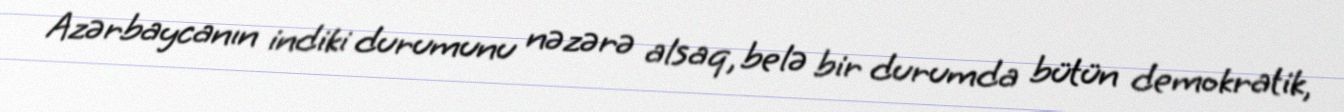
Azərbaycanın indiki durumunu nəzərə alsaq, belə bir durumda bütün demokratik,